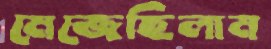
মেজেছিলাম